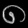
Digit: ၈